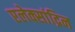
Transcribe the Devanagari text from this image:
एलेक्सांद्रिन